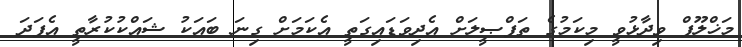
މަޚްލޫފް ވިދާޅުވީ މިކަމުގެ ތަފްޞީލަށް އެދިވަޑައިގަތީ އެކަމަށް ގިނަ ބައަކު ޝައްކުކުރާތީ އެފަދަ